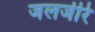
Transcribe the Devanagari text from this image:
जलजीरे